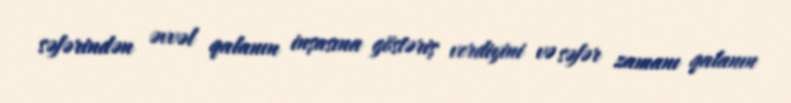
səfərindən əvvəl qalanın inşasına göstəriş verdiyini və səfər zamanı qalanın